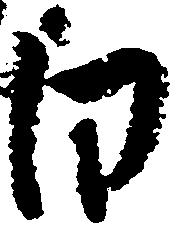
白